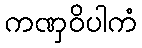
ကဏှဝိပါကံ